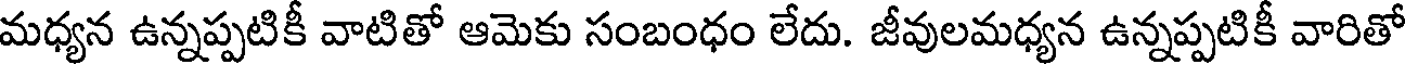
మధ్యన ఉన్నప్పటికీ వాటితో ఆమెకు సంబంధం లేదు. జీవులమధ్యన ఉన్నప్పటికీ వారితో